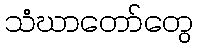
သံဃာတော်တွေ